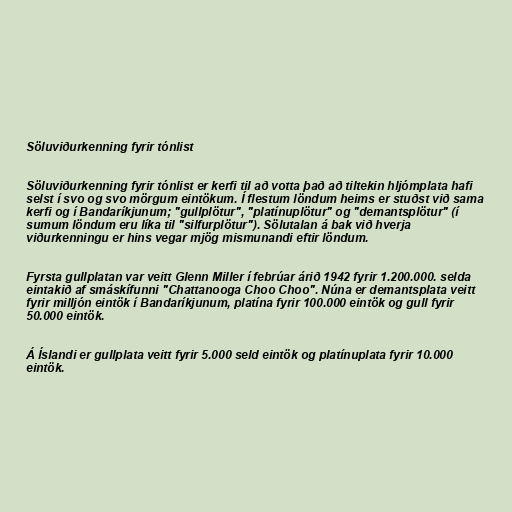
Söluviðurkenning fyrir tónlist

Söluviðurkenning fyrir tónlist er kerfi til að votta það að tiltekin hljómplata hafi
selst í svo og svo mörgum eintökum. Í flestum löndum heims er stuðst við sama
kerfi og í Bandaríkjunum; "gullplötur", "platínuplötur" og "demantsplötur" (í
sumum löndum eru líka til "silfurplötur"). Sölutalan á bak við hverja
viðurkenningu er hins vegar mjög mismunandi eftir löndum.

Fyrsta gullplatan var veitt Glenn Miller í febrúar árið 1942 fyrir 1.200.000. selda
eintakið af smáskífunni "Chattanooga Choo Choo". Núna er demantsplata veitt
fyrir milljón eintök í Bandaríkjunum, platína fyrir 100.000 eintök og gull fyrir
50.000 eintök.

Á Íslandi er gullplata veitt fyrir 5.000 seld eintök og platínuplata fyrir 10.000
eintök.